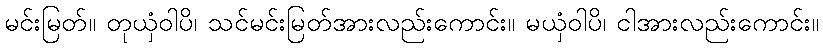
မင်းမြတ်။ တုယှံဝါပိ၊ သင်မင်းမြတ်အားလည်းကောင်း။ မယှံဝါပိ၊ ငါအားလည်းကောင်း။